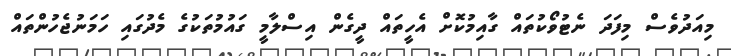
މިއަދުވެސް މިފަދަ ނެޓުވޯކުތައް ގާއިމުކޮށް އެހީތައް ދީގެން އިސްލާމީ ގައުމުތަކުގެ މެދުގައި ހަމަނުޖެހުންތައް